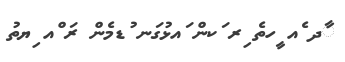
ާދ ެއ ީހތެ ިރ ަކން ައޅުގަނ ުޑމެން ރަ ްއ ިޔތު